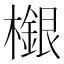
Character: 檭